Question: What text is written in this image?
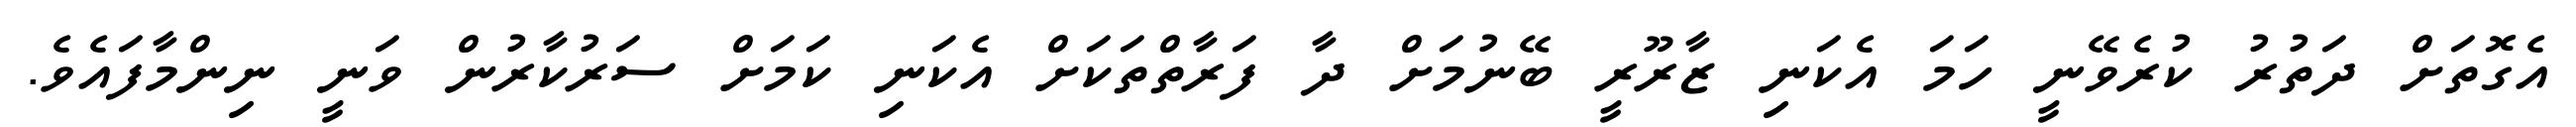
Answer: އެގޮތަށް ދަތުރު ކުރެވޭނީ ހަމަ އެކަނި ޒާރޫރީ ބޭނުމަށް ދާ ފަރާތްތަކަށް އެކަނި ކަމަށް ސަރުކާރުން ވަނީ ނިންމާފައެވެ.